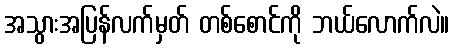
အသွားအပြန်လက်မှတ် တစ်စောင်ကို ဘယ်လောက်လဲ။